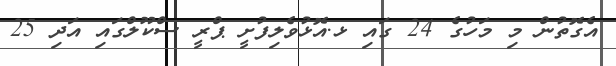
އެގޮތުން މި މަހުގެ 24 ގައި ޅ.އޮޅުވެލިފުށީ ޕްރީ ސްކޫލްގައި އަދި 25